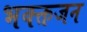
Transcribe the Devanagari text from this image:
भक्क्तजन